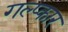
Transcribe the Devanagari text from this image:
गल्प्कार